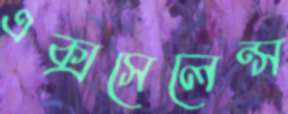
এক্সসেলেন্স